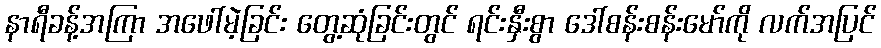
နာရီခန့်အကြာ အဖေါ်မဲ့ခြင်း တွေ့ဆုံခြင်းတွင် ရင်းနှီးစွာ ဒေါ်စန်းစန်းမော်ကို လက်အပြင်